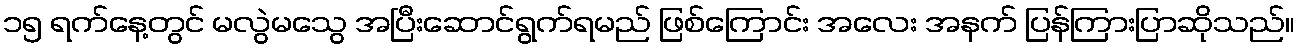
၁၅ ရက်နေ့တွင် မလွဲမသွေ အပြီးဆောင်ရွက်ရမည် ဖြစ်ကြောင်း အလေး အနက် ပြန်ကြားပြာဆိုသည်။